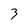
Character: 3